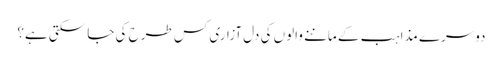
دوسرے مذاہب کے ماننے والوں کی دل آزاری کس طرح کی جا سکتی ہے؟